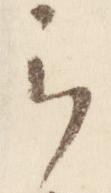
云